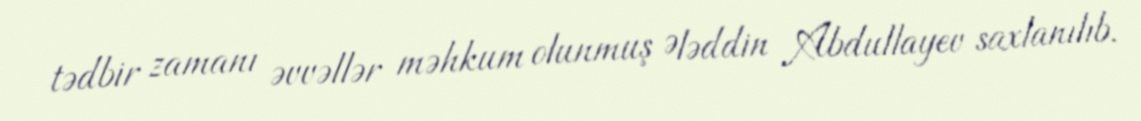
tədbir zamanı əvvəllər məhkum olunmuş Ələddin Abdullayev saxlanılıb.